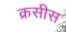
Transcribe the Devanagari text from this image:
क्रसीस